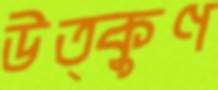
উত্কুণ